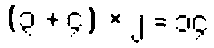
(၃ + ၄) × ၂ = ၁၄